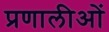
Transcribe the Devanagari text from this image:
प्रणालीओं